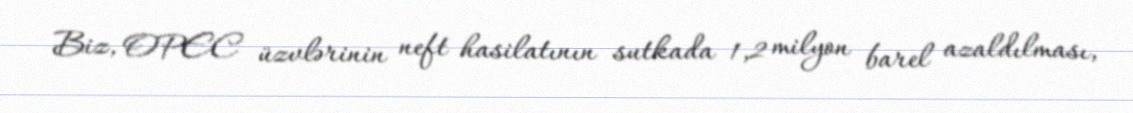
Biz, OPEC üzvlərinin neft hasilatının sutkada 1,2 milyon barel azaldılması,